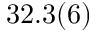
3 2 . 3 ( 6 )